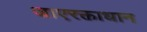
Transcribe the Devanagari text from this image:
जाएरक्ताधान